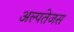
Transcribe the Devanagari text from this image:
अल्पतेजस